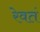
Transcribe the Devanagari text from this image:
रेवतं